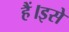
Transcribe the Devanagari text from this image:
हैं।इसे